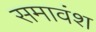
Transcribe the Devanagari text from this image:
समावंश